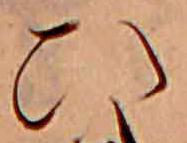
ひ